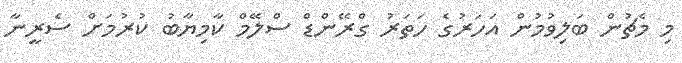
މި މެޗުން ބަލިވުމުން އަހަރުގެ ހަތަރު ގްރޭންޑް ސްލޭމް ކާމިޔާބު ކުރުމަށް ސެރީނާ